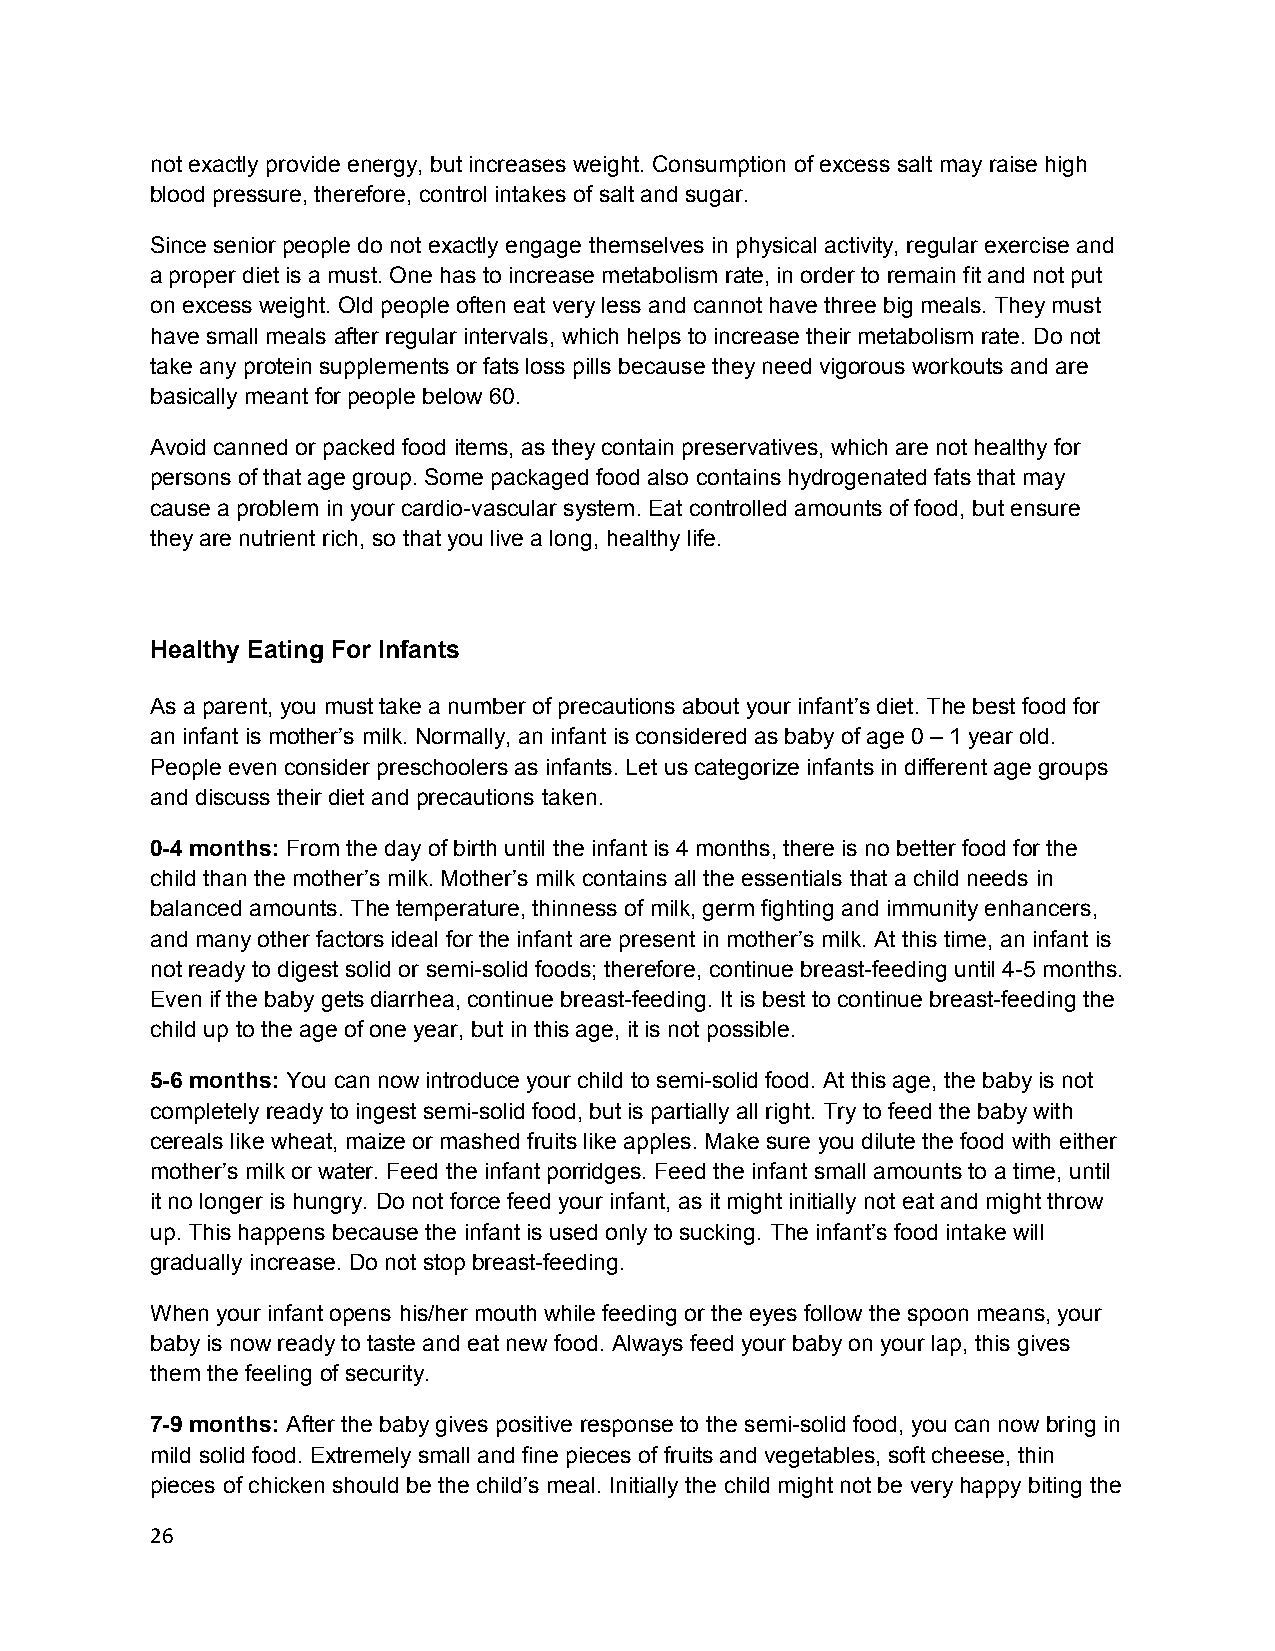
not exactly provide energy, but increases weight. Consumption of excess salt may raise high
 blood pressure, therefore, control intakes of salt and sugar.
 Since senior people do not exactly engage themselves in physical activity, regular exercise and
 a proper diet is a must. One has to increase metabolism rate, in order to remain fit and not put
 on excess weight. Old people often eat very less and cannot have three big meals. They must
 have small meals after regular intervals, which helps to increase their metabolism rate. Do not
 take any protein supplements or fats loss pills because they need vigorous workouts and are
 basically meant for people below 60.
 Avoid canned or packed food items, as they contain preservatives, which are not healthy for
 persons of that age group. Some packaged food also contains hydrogenated fats that may
 cause a problem in your cardio-vascular system. Eat controlled amounts of food, but ensure
 they are nutrient rich, so that you live a long, healthy life.
 Healthy Eating For Infants
 As a parent, you must take a number of precautions about your infant’s diet. The best food for
 an infant is mother’s milk. Normally, an infant is considered as baby of age 0 – 1 year old.
 People even consider preschoolers as infants. Let us categorize infants in different age groups
 and discuss their diet and precautions taken.
 0-4 months: From the day of birth until the infant is 4 months, there is no better food for the
 child than the mother’s milk. Mother’s milk contains all the essentials that a child needs in
 balanced amounts. The temperature, thinness of milk, germ fighting and immunity enhancers,
 and many other factors ideal for the infant are present in mother’s milk. At this time, an infant is
 not ready to digest solid or semi-solid foods; therefore, continue breast-feeding until 4-5 months.
 Even if the baby gets diarrhea, continue breast-feeding. It is best to continue breast-feeding the
 child up to the age of one year, but in this age, it is not possible.
 5-6 months: You can now introduce your child to semi-solid food. At this age, the baby is not
 completely ready to ingest semi-solid food, but is partially all right. Try to feed the baby with
 cereals like wheat, maize or mashed fruits like apples. Make sure you dilute the food with either
 mother’s milk or water. Feed the infant porridges. Feed the infant small amounts to a time, until
 it no longer is hungry. Do not force feed your infant, as it might initially not eat and might throw
 up. This happens because the infant is used only to sucking. The infant’s food intake will
 gradually increase. Do not stop breast-feeding.
 When your infant opens his/her mouth while feeding or the eyes follow the spoon means, your
 baby is now ready to taste and eat new food. Always feed your baby on your lap, this gives
 them the feeling of security.
 7-9 months: After the baby gives positive response to the semi-solid food, you can now bring in
 mild solid food. Extremely small and fine pieces of fruits and vegetables, soft cheese, thin
 pieces of chicken should be the child’s meal. Initially the child might not be very happy biting the
 26